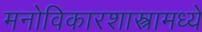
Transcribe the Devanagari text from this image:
मनोविकारशास्त्रामध्ये